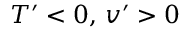
{ T } ^ { \prime } < 0 , \, { v } ^ { \prime } > 0